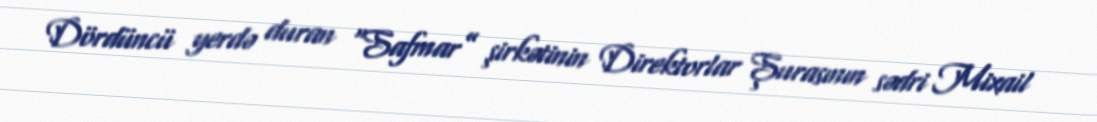
Dördüncü yerdə duran “Safmar” şirkətinin Direktorlar Şurasının sədri Mixail